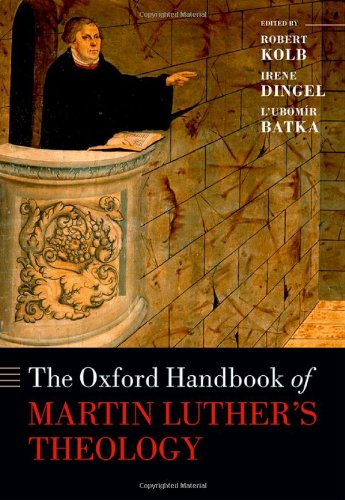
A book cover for The Oxford Handbook of Martin Luther's Theology (Oxford Handbooks in Religion and Theology); Christian Books & Bibles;